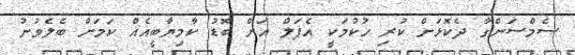
ސެމްސަންގާ ދެކޮޅަށް ކުރި ހުކުމަކީ އެޕަލް އަށް ބޮޑު ކާމިޔާބީއެއް ކަމަށް ބެލެވުނު